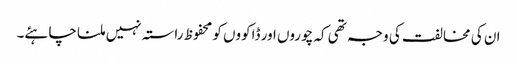
ان کی مخالفت کی وجہ تھی کہ چوروں اور ڈاکووں کو محفوظ راستہ نہیں ملنا چاہئے۔